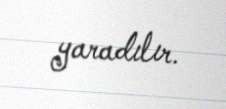
yaradılır.